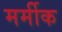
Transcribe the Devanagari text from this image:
मर्मीक